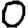
Digit: 0